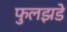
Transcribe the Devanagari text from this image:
फुलझडे